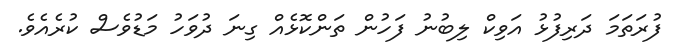
ފުރަތަމަ ދަރިފުޅު އަވިކް ލިބުނު ފަހުން ތަންކޮޅެއް ގިނަ ދުވަހު މަޑުވެސް ކުރެއެވެ.